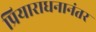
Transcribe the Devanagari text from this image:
प्रियाराधनानंतर